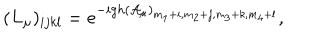
LaTeX: ( L _ { \mu } ) _ { i j k l } = e ^ { - i g h ( { \cal A } _ { \mu } ) _ { m _ { 1 } + i , m _ { 2 } + j , m _ { 3 } + k , m _ { 4 } + l } } ,